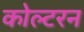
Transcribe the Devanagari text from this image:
कोल्टरन